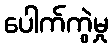
ပေါက်ကွဲမှု